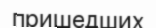
пришедших